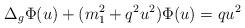
\begin{align*} \Delta_g \Phi(u) + (m_1^2+q^2 u^2) \Phi(u) = qu^2 \end{align*}